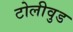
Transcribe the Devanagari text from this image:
टोलीवुड